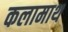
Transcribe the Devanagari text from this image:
कलामाथ